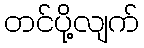
တင်ပို့လျက်